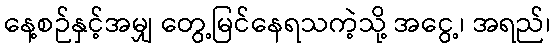
နေ့စဉ်နှင့်အမျှ တွေ့မြင်နေရသကဲ့သို့ အငွေ့၊ အရည်၊